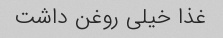
غذا خیلی روغن داشت